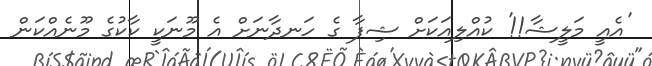
'އެއީ މަލީޝާ!!' ކުއްލިއަކަށް ޝިފާ ގެ ހަނދާނަށް އެ މޫނަކީ ކާކުގެ މޫނެއްކަން